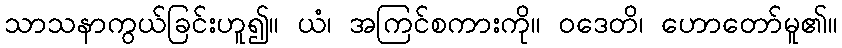
သာသနာကွယ်ခြင်းဟူ၍။ ယံ၊ အကြင်စကားကို။ ဝဒေတိ၊ ဟောတော်မူ၏။